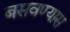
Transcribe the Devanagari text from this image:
बसवण्‍यास